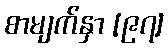
စာမျက်နှာ [၉၇]